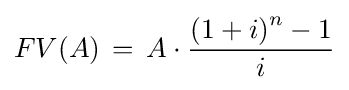
FV(A)\,=\,A\cdot {\frac {\left(1+i\right)^{n}-1}{i}}